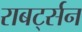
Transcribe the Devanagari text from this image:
राबर्ट्सन